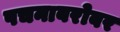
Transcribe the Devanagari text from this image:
पचनाबरोबर